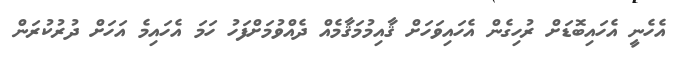
އެހެނީ އެހައިބޮޑަށް ރުހިގެން އެހައިވަހަށް ޤާއިމުމަޤާމެއް ދެއްވުމަށްފަހު ހަމަ އެހައިމެ އަހަށް ދުރުކުރަން